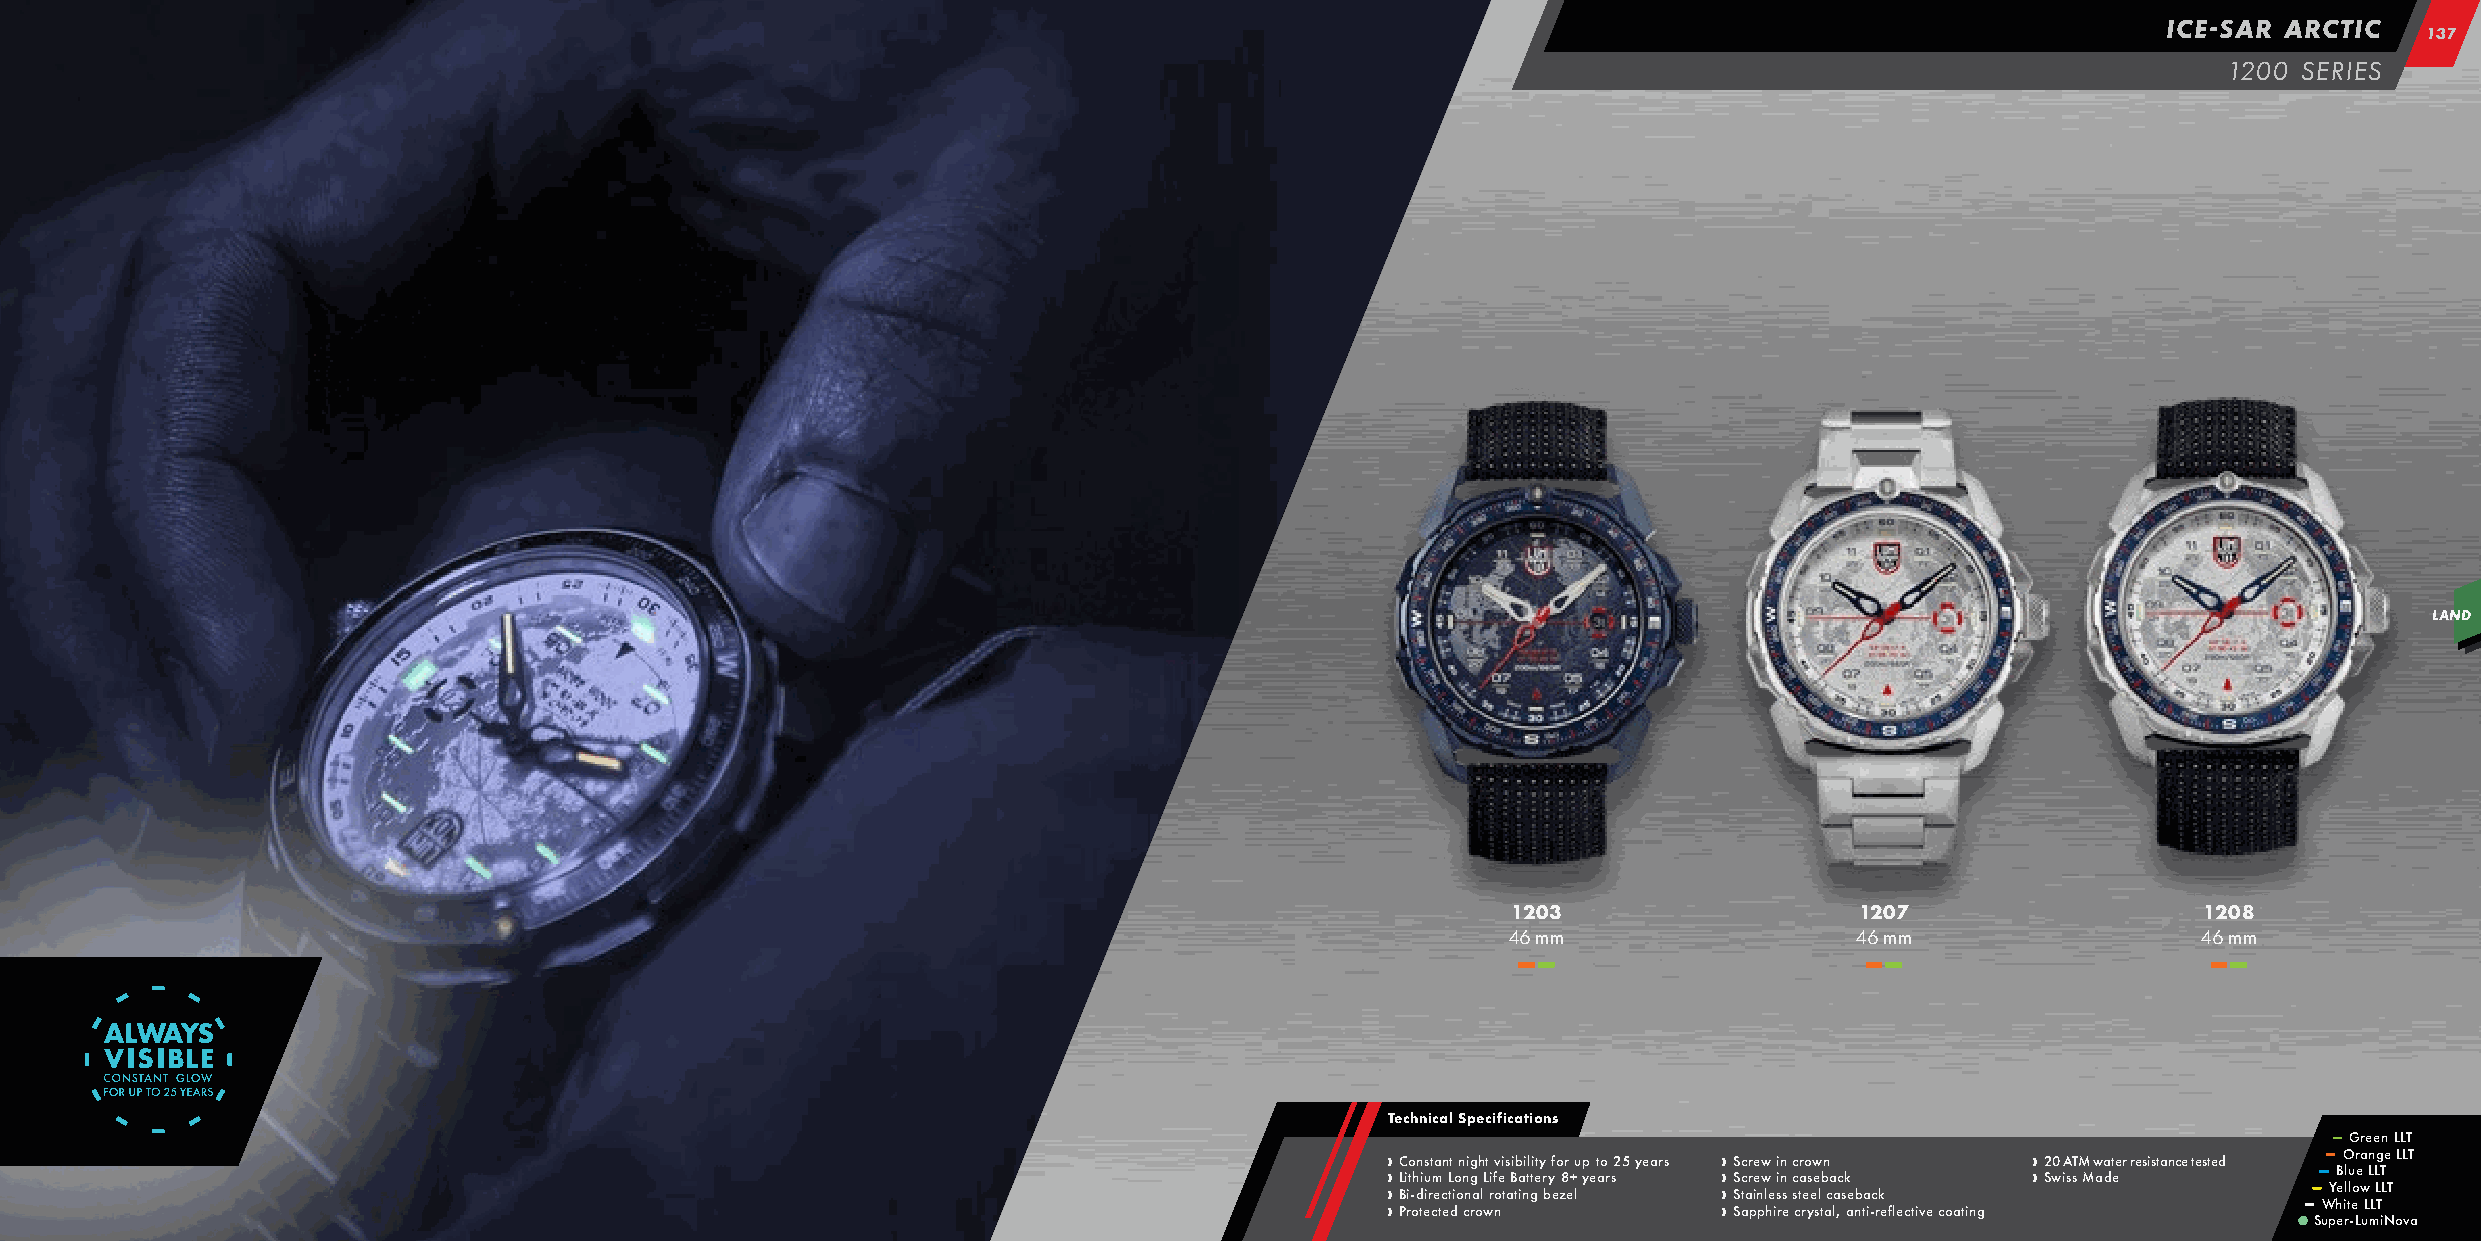
ICE-SAR ARCTIC
 113377
 1200 SERIES
 LAND
 1203                   1207                   1208
 46 mm                  46 mm                  46 mm
 –– ––                  –– ––                 –– ––
 Technical Specifications
 –– Green LLT
 › › › › C L B Pi rio t - oh dn ti es u irt cm ea tc n eL t dt i o o n n cni g rg a o h lL w t ri f nov ei t s aBi tb a ini tl gtit e y r b y ef o z8r e+ lu yp e t ao r s25 years › › › › S S S Sc tc aar r pe e in pw w l he ii i s rn n s e c c s ctar reo s yew e slb t n aca a l,c s k aeb nta i-c rk eflective coating › › 2 Sw0 iA ssT M M w aa dt eer resistance tested –– ––
 S
 –– uW –– Y
 p
 hB e eO ill rtlu -eor Le wa
 u
 LLn
 m
 LL Lg TT iL Ne T oLL vT
 a